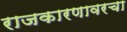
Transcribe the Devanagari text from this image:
राजकारणावरचा